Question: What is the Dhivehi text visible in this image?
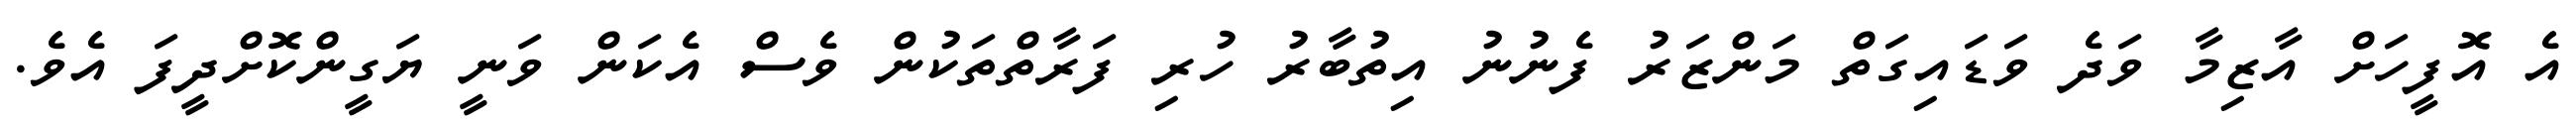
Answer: އެ އޮފީހަށް އާޒިމާ ވަދެ ވަޑައިގަތް މަންޒަރު ފެނުނު އިތުބާރު ހުރި ފަރާތްތަކުން ވެސް އެކަން ވަނީ ޔަގީންކޮށްދީފަ އެވެ.